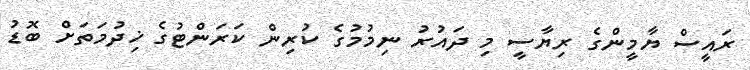
ރައީސް ޔާމީންގެ ރިޔާސީ މި ދައުރު ނިމުމުގެ ކުރިން ކަރަންޓުގެ ޚިދުމަތަށް ބޮޑު